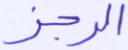
الرجز